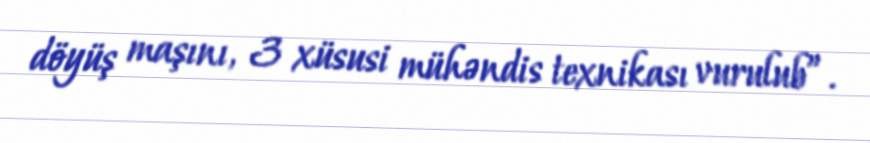
döyüş maşını, 3 xüsusi mühəndis texnikası vurulub”.